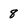
Character: 8